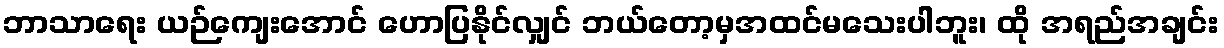
ဘာသာရေး ယဉ်ကျေးအောင် ဟောပြနိုင်လျှင် ဘယ်တော့မှအထင်မသေးပါဘူး၊ ထို အရည်အချင်း